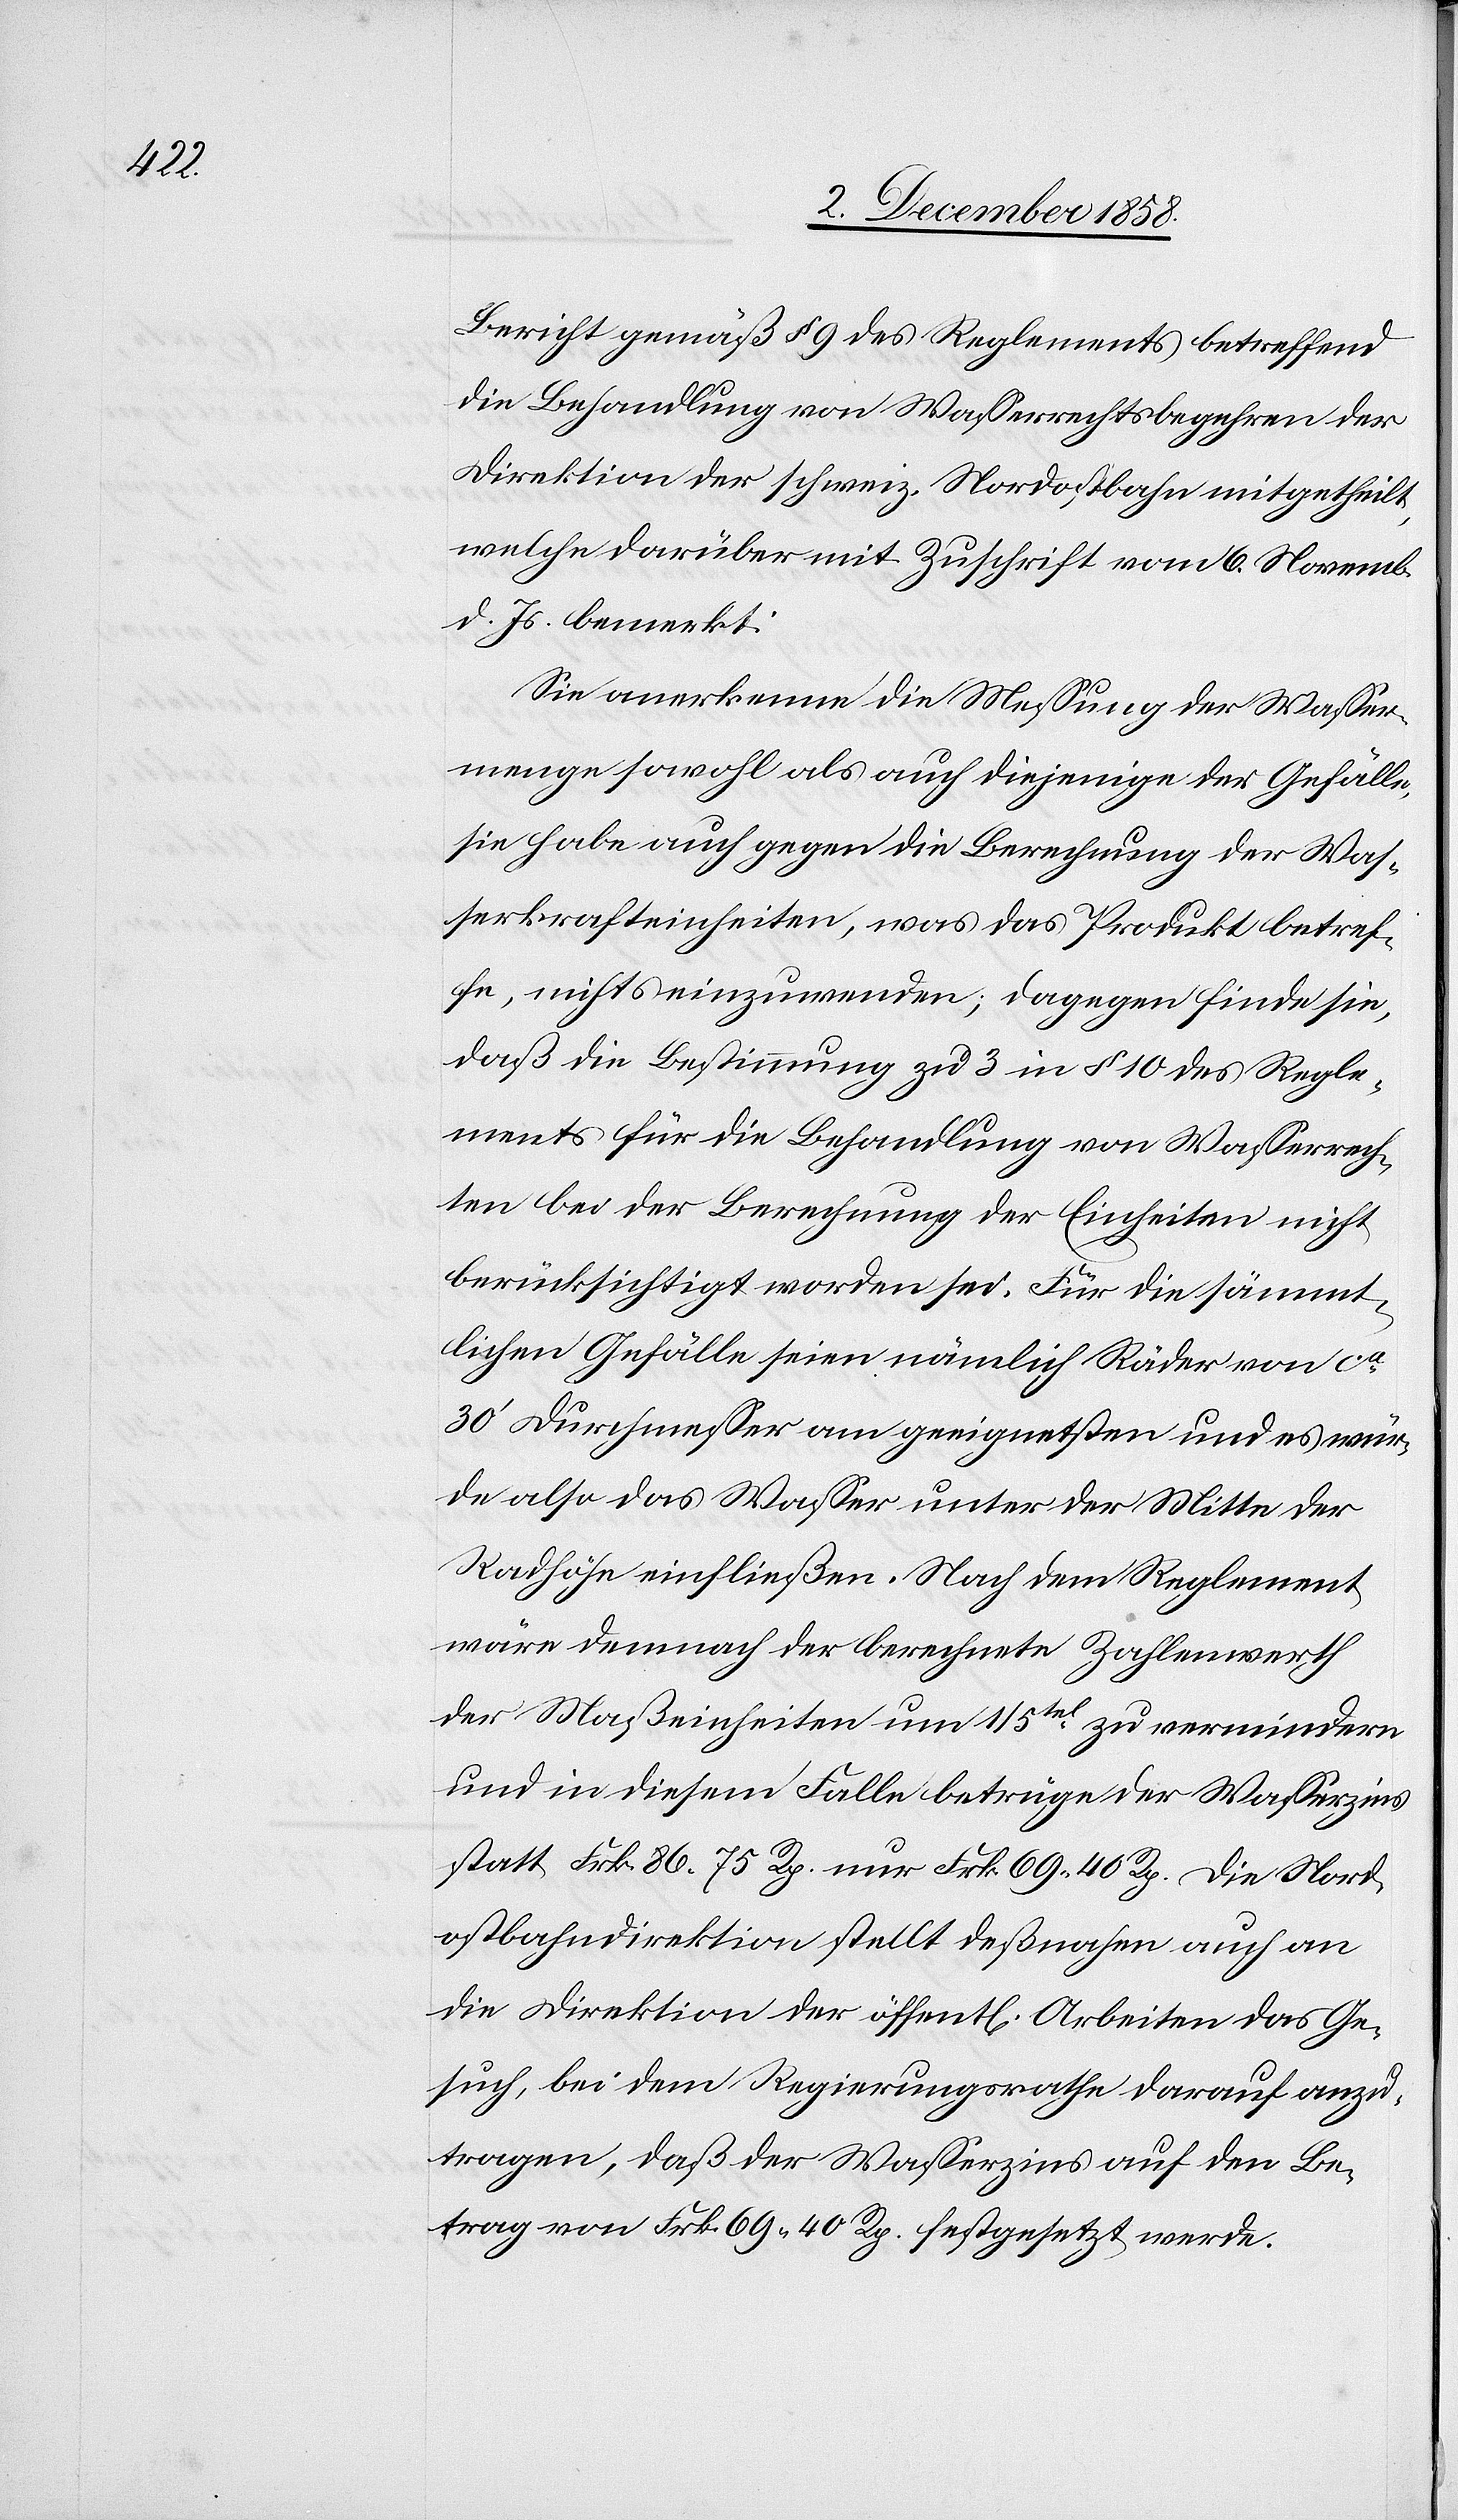
Bericht gemäß § 9 des Reglements betreffend
die Behandlung von Wasserrechtsbegehren der
Direktion der schweiz. Nordostbahn mitgetheilt,
welche darüber mit Zuschrift vom 6. Novemb.
d. Js. bemerkt:
Sie anerkenne die Messung der Wasser¬
menge sowohl als auch diejenige der Gefälle,
sie habe auch gegen die Berechnung der Was¬
serkrafteinheiten, was das Produkt betref¬
fe, nichts einzuwenden; dagegen finde sie,
daß die Bestimmung zu 3 in § 10 des Regle¬
ments für die Behandlung von Wasserrech¬
ten bei der Berechnung der Einheiten nicht
berücksichtigt worden sei. Für die sämmt¬
lichen Gefälle seien nämlich Räder von ca.
30‘ Durchmesser am geeignetsten und es wür¬
de also das Wasser unter der Mitte der
Radhöhe einfließen. Nach dem Reglement
wäre demnach der berechnete Zahlenwerth
der Maßeinheiten um 1/5tel zu vermindern
und in diesem Falle betrüge der Wasserzins
statt Frk. 86 75 Rp. nur Frk. 69 40 Rp. Die Nord¬
ostbahndirektion stellt deßnahen auch an
die Direktion der öffent[lichen] Arbeiten das Ge¬
such, bei dem Regierungsrathe darauf anzu¬
tragen, daß der Wasserzins auf den Be¬
trag von Frk. 69 40 Rp. festgesetzt werde.